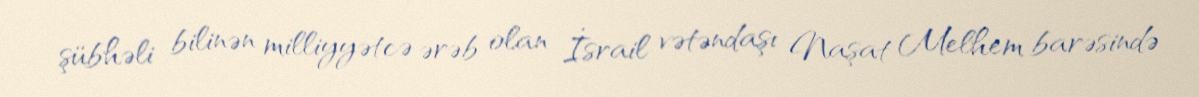
şübhəli bilinən milliyyətcə ərəb olan İsrail vətəndaşı Naşat Melhem barəsində